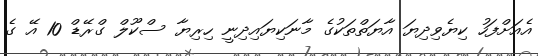
އެއަށްފަހު ކިޔެވިދިޔަ އާޔަތްތަކުގެ މާނަކިޔައިދިނީ ހިރިޔާ ސްކޫލް ގްރޭޑް 10 އޭ ގެ